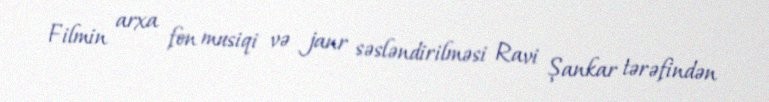
Filmin arxa fon musiqi və janr səsləndirilməsi Ravi Şankar tərəfindən